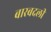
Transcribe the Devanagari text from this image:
बारबदली